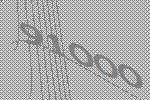
91000